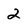
Character: 2